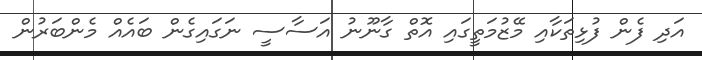
އަދި ފެން ފުޅިތަކާއި މޭޒުމަތީގައި އޮތް ގާނޫނު އަސާސީ ނަގައިގެން ބައެއް މެންބަރުން